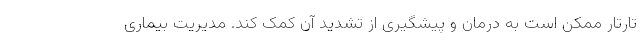
تارتار ممکن است به درمان و پیشگیری از تشدید آن کمک کند. مدیریت بیماری